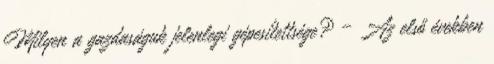
Milyen a gazdaságuk jelenlegi gépesítettsége? – Az első években